Annual report of the Punjab Veterinary College and of the Civil Veterinary Department, Punjab - 1909-1919
Year: 1909
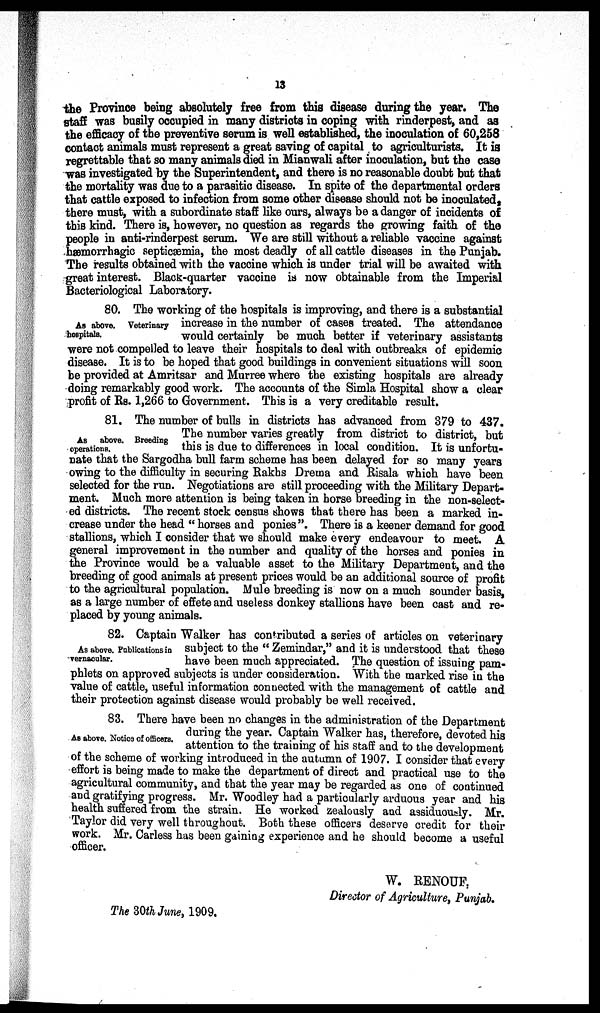
13
the Province being absolutely free from this disease during the year. The
staff was busily occupied in many districts in coping with rinderpest, and as
the efficacy of the preventive serum is well established, the inoculation of 60,258
contact animals must represent a great saving of capital to agriculturists. It is
regrettable that so many animals died in Mianwali after inoculation, but the case
was investigated by the Superintendent, and there is no reasonable doubt but that
the mortality was due to a parasitic disease. In spite of the departmental orders
that cattle exposed to infection from some other disease should not be inoculated,
there must, with a subordinate staff like ours, always be a danger of incidents of
this kind. There is, however, no question as regards the growing faith of the
people in anti-rinderpest serum. We are still without a reliable vaccine against
hæmorrhagic septicæmia, the most deadly of all cattle diseases in the Punjab.
The results obtained with the vaccine which is under trial will be awaited with
great interest. Black-quarter vaccine is now obtainable from the Imperial
Bacteriological Laboratory.
As above. Veterinary
hospitals.
80. The working of the hospitals is improving, and there is a substantial
increase in the number of cases treated. The attendance
would certainly be much better if veterinary assistants
were not compelled to leave their hospitals to deal with outbreaks of epidemic
disease. It is to be hoped that good buildings in convenient situations will soon
be provided at Amritsar and Murree where the existing hospitals are already
doing remarkably good work. The accounts of the Simla Hospital show a clear
profit of Rs. 1,266 to Government. This is a very creditable result.
As above. Breeding
operations.
81. The number of bulls in districts has advanced from 379 to 437.
The number varies greatly from district to district, but
this is due to differences in local condition. It is unfortu-
nate that the Sargodha bull farm scheme has been delayed for so many years
owing to the difficulty in securing Rakhs Drema and Risala which have been
selected for the run. Negotiations are still proceeding with the Military Depart-
ment. Much more attention is being taken in horse breeding in the non-select-
ed districts. The recent stock census shows that there has been a marked in-
crease under the head "horses and ponies". There is a keener demand for good
stallions, which I consider that we should make every endeavour to meet. A
general improvement in the number and quality of the horses and ponies in
the Province would be a valuable asset to the Military Department, and the
breeding of good animals at present prices would be an additional source of profit
to the agricultural population. Mule breeding is now on a much sounder basis,
as a large number of effete and useless donkey stallions have been cast and re-
placed by young animals.
As above. Publications in
vernacular.
82. Captain Walker has contributed a series of articles on veterinary
subject to the "Zemindar," and it is understood that these
have been much appreciated. The question of issuing pam-
phlets on approved subjects is under consideration. With the marked rise in the
value of cattle, useful information connected with the management of cattle and
their protection against disease would probably be well received.
As above. Notice of officers.
83. There have been no changes in the administration of the Department
during the year. Captain Walker has, therefore, devoted his
attention to the training of his staff and to the development
of the scheme of working introduced in the autumn of 1907. I consider that every
effort is being made to make the department of direct and practical use to the
agricultural community, and that the year may be regarded as one of continued
and gratifying progress. Mr. Woodley had a particularly arduous year and his
health suffered from the strain. He worked zealously and assiduously. Mr.
Taylor did very well throughout. Both these officers deserve credit for their
work. Mr. Carless has been gaining experience and he should become a useful
officer.
W. RENOUF,
Director of Agriculture, Punjab.
The 30th June, 1909.